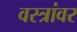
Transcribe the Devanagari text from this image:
वस्त्रांवर